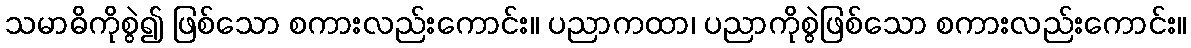
သမာဓိကိုစွဲ၍ ဖြစ်သော စကားလည်းကောင်း။ ပညာကထာ၊ ပညာကိုစွဲဖြစ်သော စကားလည်းကောင်း။